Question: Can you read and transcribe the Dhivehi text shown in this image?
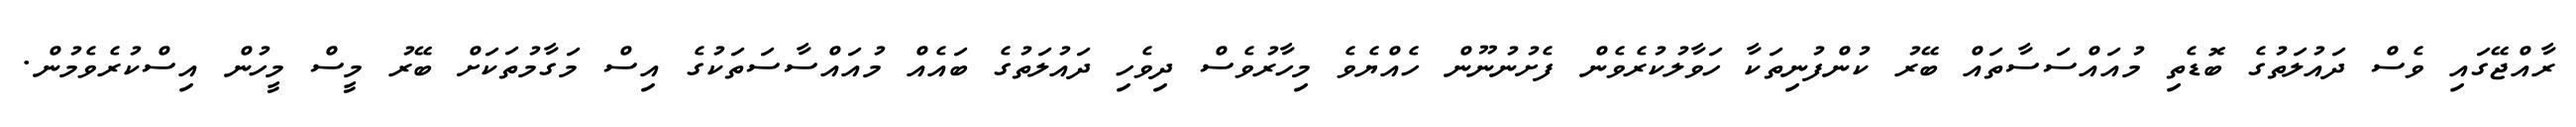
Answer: ރާއްޖޭގައި ވެސް ދައުލަތުގެ ބޮޑެތި މުއައްސަސާތައް ބޭރު ކުންފުނިތަކާ ހަވާލުކުރެވެން ފެށުނުނޫން ހެއްޔެވެ މިހާރުވެސް ދިވެހި ދައުލަތުގެ ބައެއް މުއައްސާސަތަކުގެ އިސް މަގާމުތަކަށް ބޭރު މީސް މީހުން އިސްކުރެވެމުން.